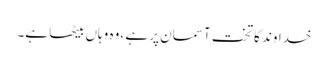
خداوند کا تخت آسمان پر ہے ،وہ وہاں بیٹھا ہے۔